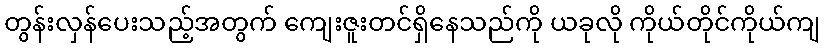
တွန်းလှန်ပေးသည့်အတွက် ကျေးဇူးတင်ရှိနေသည်ကို ယခုလို ကိုယ်တိုင်ကိုယ်ကျ